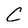
Character: C